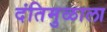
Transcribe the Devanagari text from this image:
दंतिमुळाला